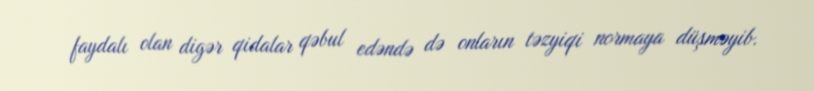
faydalı olan digər qidalar qəbul edəndə də onların təzyiqi normaya düşməyib.